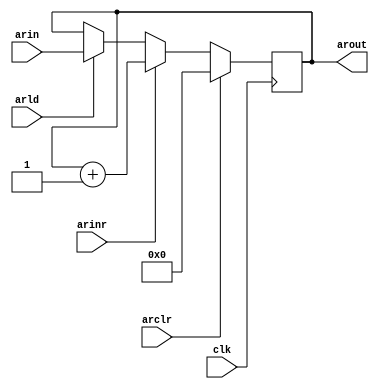
`timescale 1ns/100ps

module ar(arld, arclr, arinr, clk, arin, arout);

input [11:0] arin;
output [11:0] arout;
input arclr, arinr, arld;
input clk;

reg [11:0] r_ar;

initial
begin
	r_ar <= 0;
end

assign arout = r_ar;

always@(posedge clk)
begin
	if(arclr) r_ar <= 0;
	else if(arinr) r_ar <= r_ar + 1;
	else if(arld) #5 r_ar <= arin;
end

endmodule